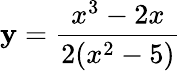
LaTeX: \mathbf{y}={\frac{{x^{3}-2x}}{{2(x^{2}-5)}}}